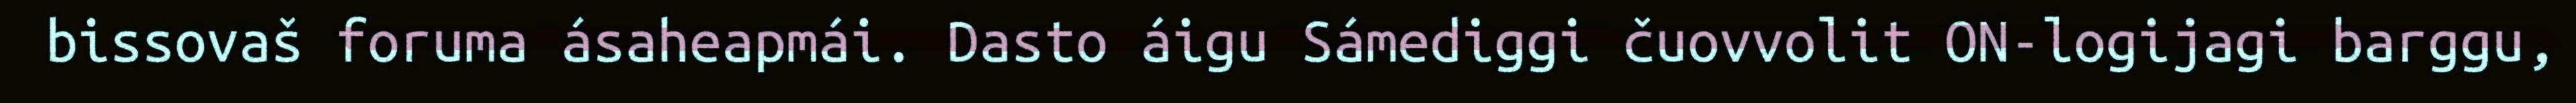
bissovaš foruma ásaheapmái. Dasto áigu Sámediggi čuovvolit ON-logijagi barggu,